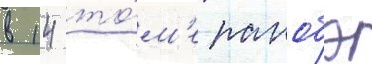
в 14 то́м'е ранобэ